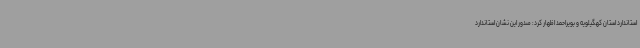
استاندارد استان کهگیلویه و بویراحمد اظهار کرد: صدور این نشان استاندارد